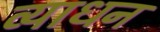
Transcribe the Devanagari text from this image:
व्याधन